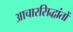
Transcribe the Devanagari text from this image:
आचारसिद्धांतों